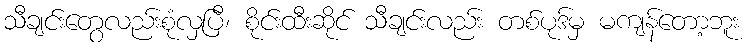
သီချင်းတွေလည်းစုံလှပြီ၊ စိုင်းထီးဆိုင် သီချင်းလည်း တစ်ပုဒ်မှ မကျန်တော့ဘူး